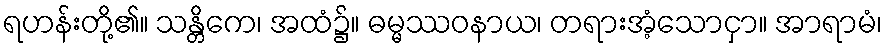
ရဟန်းတို့၏။ သန္တိကေ၊ အထံ၌။ ဓမ္မဿဝနာယ၊ တရားအံ့သောငှာ။ အာရာမံ၊